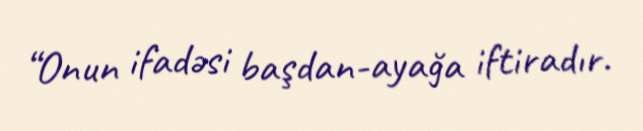
“Onun ifadəsi başdan-ayağa iftiradır.